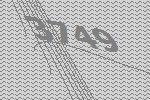
3749